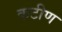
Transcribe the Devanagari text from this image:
कटीण